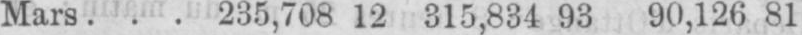
Mars ... 235,708 12 315,834 93 90,126 81